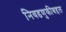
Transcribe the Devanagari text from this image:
निवडणुकीबद्दल